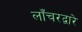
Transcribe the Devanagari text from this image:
लाँचरद्वारे